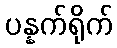
ပန္နက်ရိုက်